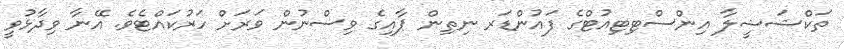
ތަކްޝަޝީލާ އިންސްޓިޓިއުޓްގެ ފައުންޑަރ ނިތިން ޕާއިގެ ވިސްނުން ވަރަށް ހަރުކައްޓެވެ. އޭނާ ވިދާޅުވީ